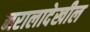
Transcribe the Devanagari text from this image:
नरालादेखील